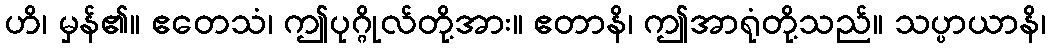
ဟိ၊ မှန်၏။ ဧတေသံ၊ ဤပုဂ္ဂိုလ်တို့အား။ ဧတာနိ၊ ဤအာရုံတို့သည်။ သပ္ပာယာနိ၊